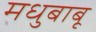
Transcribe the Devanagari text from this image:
मधुबाबू